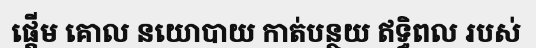
ផ្តើម គោល នយោបាយ កាត់បន្ថយ ឥទ្ធិពល របស់